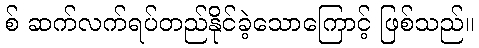
စ် ဆက်လက်ရပ်တည်နိုင်ခဲ့သောကြောင့် ဖြစ်သည်။